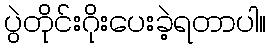
ပွဲတိုင်းဂိုးပေးခဲ့ရတာပါ။